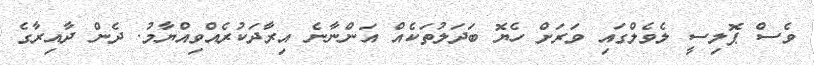
ވެސް ޕޮލިސީ ލެވެލްގައި ވަރަށް ހެޔޮ ބަދަލުތަކެއް އަންނާނެ އިރާދަކުރެއްވިއްޔާމު. ދެން ދާއިރާގެ